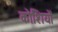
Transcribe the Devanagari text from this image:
कोशियों